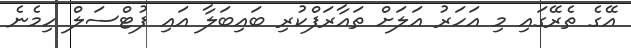
އޭގެ ތެރޭގައި މި އަހަރު އަލަށް ތައާރަފްކުރި ބައިބަލާ އައި ފުޓްސަލް ހިމެނެ